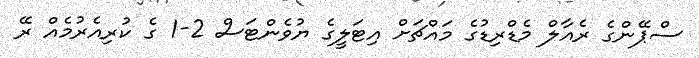
ސްޕޭންގެ ރެއާލް މެޑްރިޑުގެ މައްޗަށް އިޓަލީގެ ޔުވެންޓަސް 2-1 ގެ ކުރިއެރުމެއް ރޭ